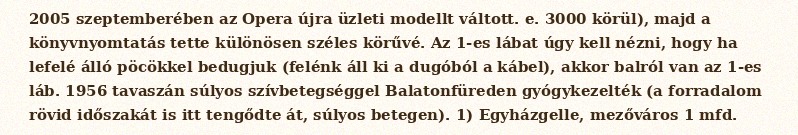
2005 szeptemberében az Opera újra üzleti modellt váltott. e. 3000 körül), majd a könyvnyomtatás tette különösen széles körűvé. Az 1-es lábat úgy kell nézni, hogy ha lefelé álló pöcökkel bedugjuk (felénk áll ki a dugóból a kábel), akkor balról van az 1-es láb. 1956 tavaszán súlyos szívbetegséggel Balatonfüreden gyógykezelték (a forradalom rövid időszakát is itt tengődte át, súlyos betegen). 1) Egyházgelle, mezőváros 1 mfd.